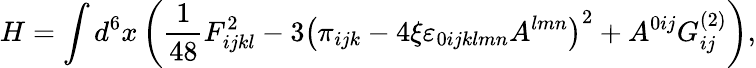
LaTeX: H=\int d^{6}x\left(\frac{1}{48}F_{ijkl}^{2}-3\left(\pi_{ijk}-4\xi\varepsilon_{0ijklmn}A^{lmn}\right)^{2}+A^{0ij}G_{ij}^{(2)}\right),